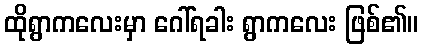
ထိုရွာကလေးမှာ ဂေါ်ရခါး ရွာကလေး ဖြစ်၏။